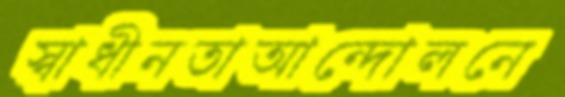
স্বাধীনতাআন্দোলনে